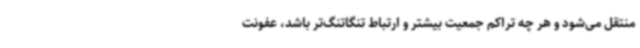
منتقل می‌شود و هر چه تراکم جمعیت بیشتر و ارتباط تنگاتنگ‌تر باشد، عفونت